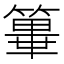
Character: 𥴂